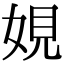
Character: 娊